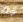
تم